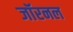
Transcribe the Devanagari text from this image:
जॉरनल